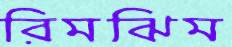
রিমঝিম